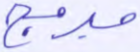
مبرمج